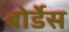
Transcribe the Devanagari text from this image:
बोर्डेस